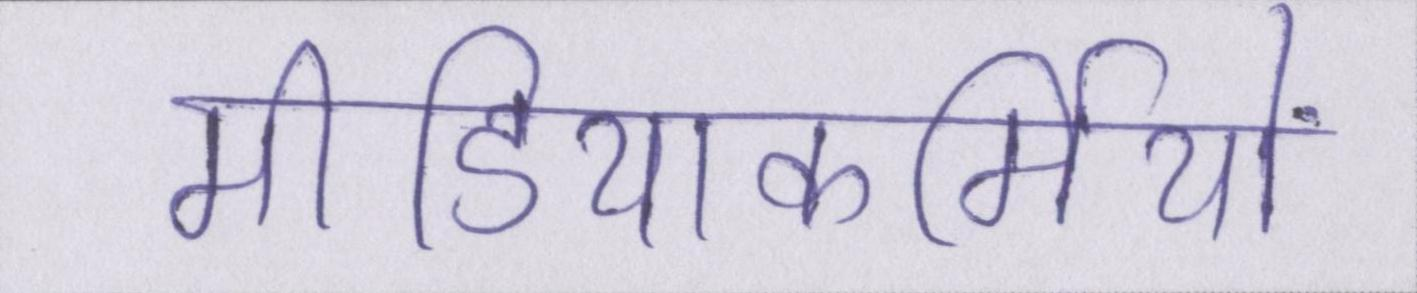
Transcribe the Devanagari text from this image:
मीडियाकर्मियों